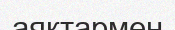
аяқтармен